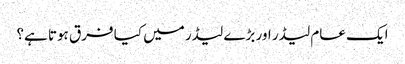
ایک عام لیڈر اور بڑے لیڈر میں کیا فرق ہوتا ہے؟